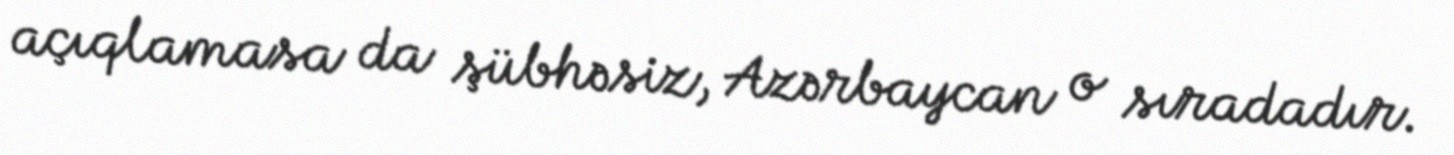
açıqlamasa da şübhəsiz, Azərbaycan o sıradadır.